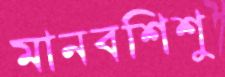
মানবশিশু